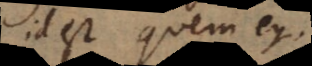
id est quem ego